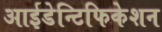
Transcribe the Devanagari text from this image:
आईडेन्टिफिकेशन